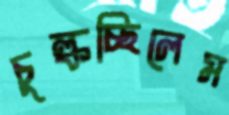
চুল্‌কচ্ছিলেম